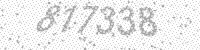
Solution: 817338